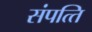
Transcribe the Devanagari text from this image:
संपत्‍ति